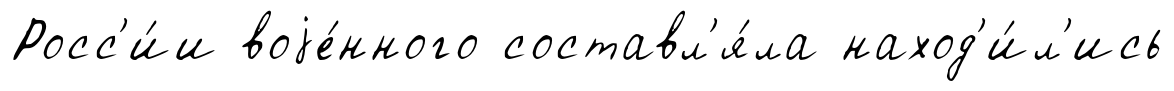
Росс'и́и воjе́нного составл'я́ла наход'и́л'ись